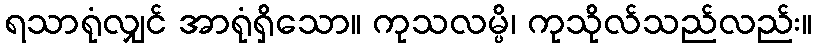
ရသာရုံလျှင် အာရုံရှိသော။ ကုသလမ္ပိ၊ ကုသိုလ်သည်လည်း။